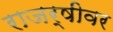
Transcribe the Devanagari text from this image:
राजर्षीवर